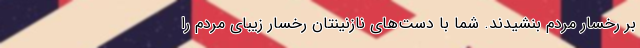
بر رخسار مردم بنشیدند. شما با دست‌های نازنینتان رخسار زیبای مردم را